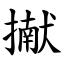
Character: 擜